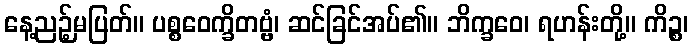
နေ့ညဉ့်မပြတ်။ ပစ္စဝေက္ခိတဗ္ဗံ၊ ဆင်ခြင်အပ်၏။ ဘိက္ခဝေ၊ ရဟန်းတို့။ ကိဉ္စ၊